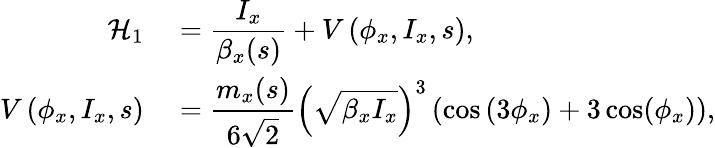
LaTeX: \begin{array}{rl}{\displaystyle\mathcal{H}_{1}}&{{}=\displaystyle\frac{I_{x}}{\beta_{x}(s)}+V\left(\phi_{x},I_{x},s\right),}\\ {\displaystyle V\left(\phi_{x},I_{x},s\right)}&{{}=\displaystyle\frac{m_{x}(s)}{6\sqrt 2}\left(\sqrt{\beta_{x}I_{x}}\right)^{3}\left(\cos\left(3\phi_{x}\right)+3\cos(\phi_{x})\right),}\end{array}